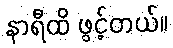
နာရီထိ ဖွင့်တယ်။